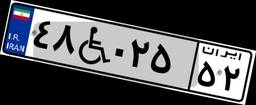
۷۵W۲۰۲۷۲